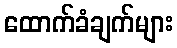
ထောက်ခံချက်များ